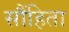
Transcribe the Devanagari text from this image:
सौंहिता